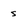
Character: s